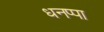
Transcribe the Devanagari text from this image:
धनप्पा